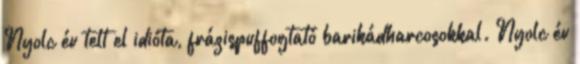
Nyolc év telt el idióta, frázispuffogtató barikádharcosokkal. Nyolc év